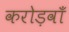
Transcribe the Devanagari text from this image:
करोड़वाँ